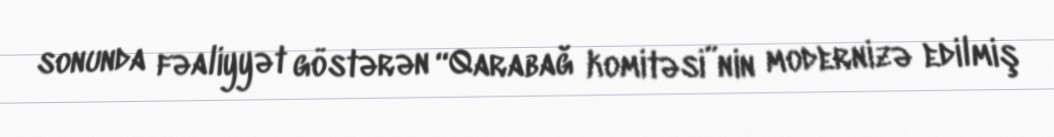
sonunda fəaliyyət göstərən “Qarabağ komitəsi”nin modernizə edilmiş